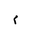
Letter: _mim